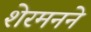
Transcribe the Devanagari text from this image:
शेरमनने